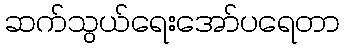
ဆက်သွယ်ရေးအော်ပရေတာ